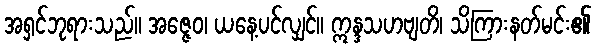
အရှင်ဘုရားသည်။ အဇ္ဇေဝ၊ ယနေ့ပင်လျှင်။ ဣန္ဒသဟဗျတိ၊ သိကြားနတ်မင်း၏